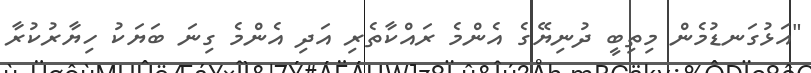
"އަޅުގަނޑުމެން މިތިބީ ދުނިޔޭގެ އެންމެ ރައްކާތެރި އަދި އެންމެ ގިނަ ބަޔަކު ހިޔާރުކުރާ